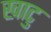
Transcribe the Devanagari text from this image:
खाटु